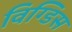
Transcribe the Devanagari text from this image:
विग्डिस